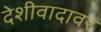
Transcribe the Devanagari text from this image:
देशीवादावर